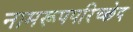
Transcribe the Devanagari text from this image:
नामरूपपरिच्छेद